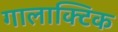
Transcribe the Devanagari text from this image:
गालाक्टिक